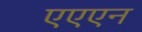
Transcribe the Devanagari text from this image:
एएएन